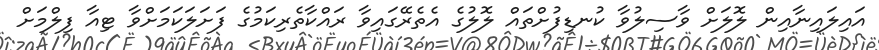
އައިލައިނާއިން ލޮލަށް ވާސިލުވާ ކުނޑިފުށްތައް ލޮލުގެ އެތެރޭގައިވާ ރައްކާތެރިކަމުގެ ފަށަލަކަމަށްވާ ޓިއާ ފިލްމަށް